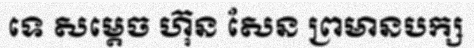
ទេ សម្តេច ហ៊ុន សែន ព្រមានបក្ស